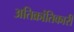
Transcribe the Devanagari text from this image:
अतिक्रांतिकारी